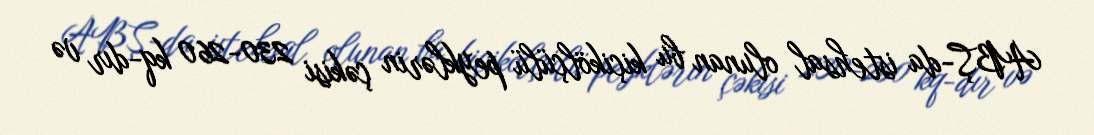
ABŞ-da istehsal olunan bu kiçikölçülü peyklərin çəkisi 230-260 kq-dır və